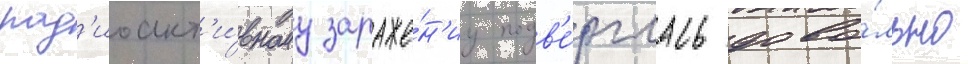
рад'иоакт'и́вному зараже́н'иу подв'е́рглась дово́льно